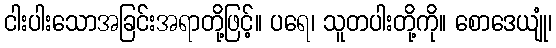
ငါးပါးသောအခြင်းအရာတို့ဖြင့်။ ပရေ၊ သူတပါးတို့ကို။ စောဒေယျုံ၊